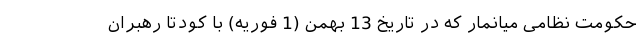
حکومت نظامی میانمار که در تاریخ 13 بهمن (1 فوریه) با کودتا رهبران